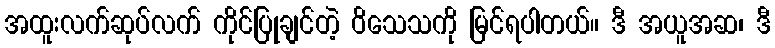
အထူးလက်ဆုပ်လက် ကိုင်ပြုချင်တဲ့ ဝိသေသကို မြင်ရပါတယ်။ ဒီ အယူအဆ၊ ဒီ